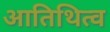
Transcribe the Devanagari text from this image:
आतिथित्व